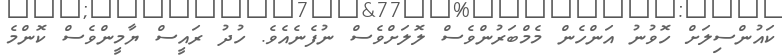
ކައުންސިލަށް ހޮވުނު އަންހެން މެމްބަރުންވެސް ލޮލަށްވެސް ނުފެނެއެވެ. ހުދު ރައީސް ޔާމީންވެސް ކޮންމެ